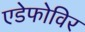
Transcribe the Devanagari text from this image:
एडेफोविर